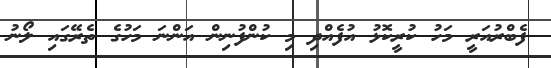
ފެބްރުއަރީ މަހު ކުރީކޮޅު އުފެއްދި މި ކުންފުނިން އަންނަ މަހުގެ ތެރޭގައި ލޯނު